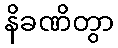
နိခဏိတွာ